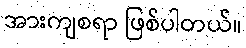
အားကျစရာ ဖြစ်ပါတယ်။